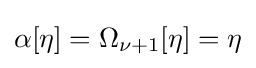
\alpha [\eta ]=\Omega _{\nu +1}[\eta ]=\eta